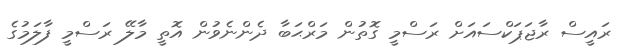
ރައީސް ރާޖަޕަކްސައަށް ރަސްމީ ގޮތުން މަރްޙަބާ ދެންނެވުން އޮތީ މާލޭ ރަސްމީ ފާލަމުގެ